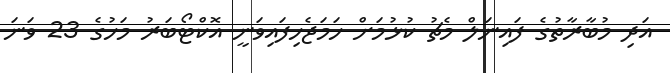
އަދި މުބާރާތުގެ ފައިނަލް މެޗު ކުޅުމަށް ހަމަޖެހިފައިވަނީ އޮކްޓޯބަރު މަހުގެ 23 ވަނަ